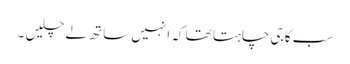
سب کا جی چاہتا تھا کہ انہیں ساتھ لے چلیں ۔